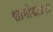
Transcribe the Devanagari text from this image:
सामोफाइटा